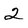
Character: 2